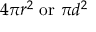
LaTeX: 4 \pi r ^ { 2 } \ { \mathrm { o r } } \ \pi d ^ { 2 } \,